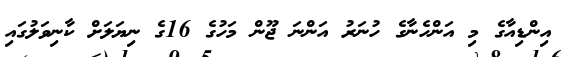
އިންޑިއާގެ މި އަންހެނާގެ ހުނަރު އަންނަ ޖޫން މަހުގެ 16ގެ ނިޔަލަށް ކާނިވަލުގައި